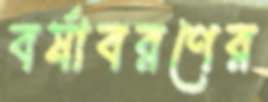
বর্ষাবরণের